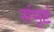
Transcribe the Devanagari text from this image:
संभृष्टं